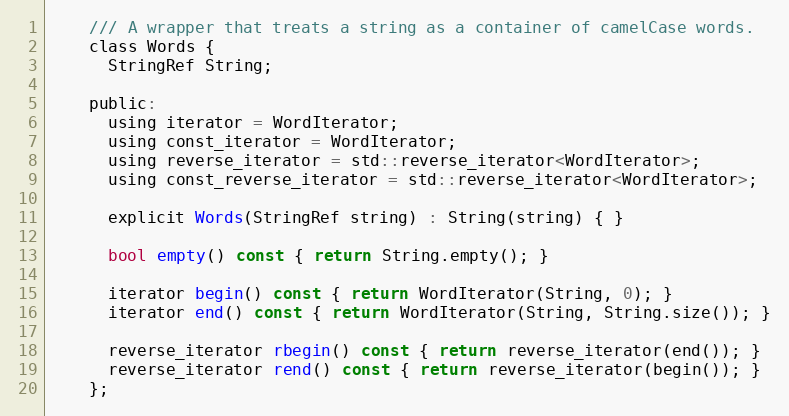
Language: C
    /// A wrapper that treats a string as a container of camelCase words.
    class Words {
      StringRef String;

    public:
      using iterator = WordIterator;
      using const_iterator = WordIterator;
      using reverse_iterator = std::reverse_iterator<WordIterator>;
      using const_reverse_iterator = std::reverse_iterator<WordIterator>;

      explicit Words(StringRef string) : String(string) { }

      bool empty() const { return String.empty(); }

      iterator begin() const { return WordIterator(String, 0); }
      iterator end() const { return WordIterator(String, String.size()); }

      reverse_iterator rbegin() const { return reverse_iterator(end()); }
      reverse_iterator rend() const { return reverse_iterator(begin()); }
    };